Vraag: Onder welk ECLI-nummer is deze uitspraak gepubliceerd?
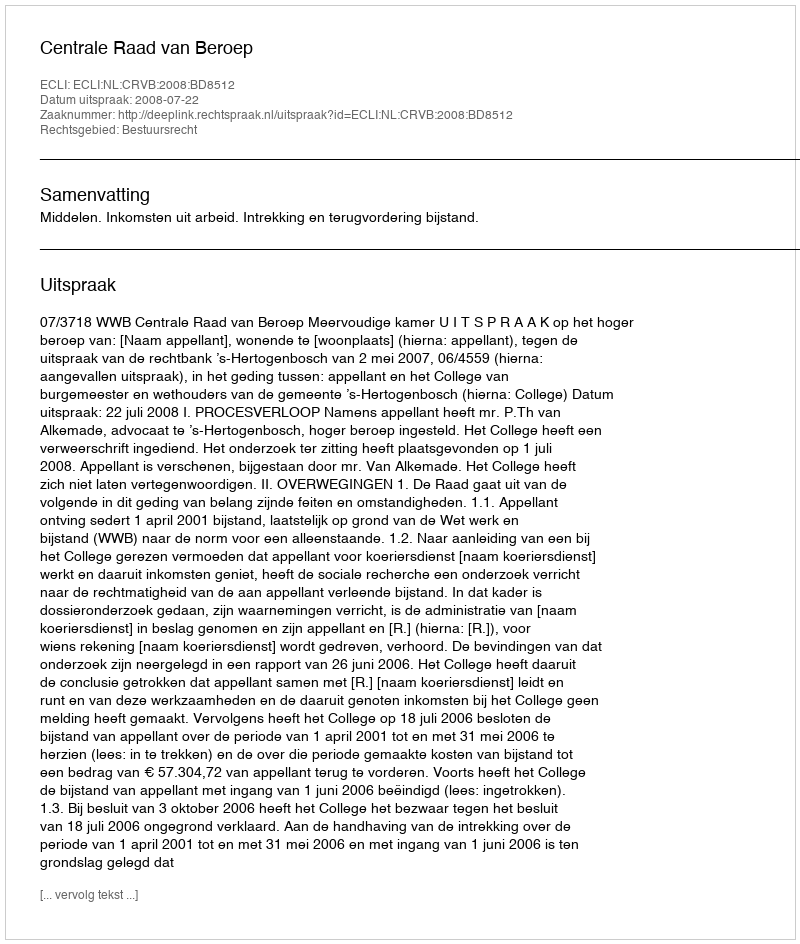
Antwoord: ECLI:NL:CRVB:2008:BD8512